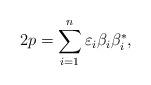
LaTeX: \begin{align*} 2 p = \sum_{i=1}^n \varepsilon_i \beta_i \beta_i^*,\end{align*}